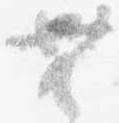
無